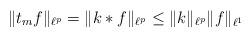
LaTeX: \begin{align*} \Vert t_m f\Vert_{\ell^{p}}=\Vert k\ast f\Vert_{\ell^{p}}\leq \Vert k \Vert_{\ell^{p}}\Vert f\Vert_{\ell^1} \end{align*}